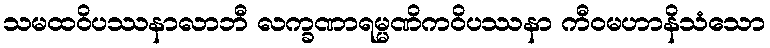
သမထဝိပဿနာလာဘီ လက္ခဏာရမ္မဏိကဝိပဿနာ ကီဝမဟာနိသံသော